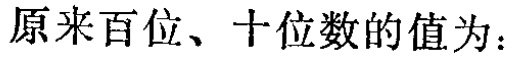
原来百位、十位数的值为：